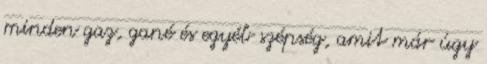
minden gaz, gané és egyéb szépség, amit már úgy